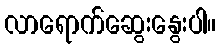
လာရောက်ဆွေးနွေးပါ။